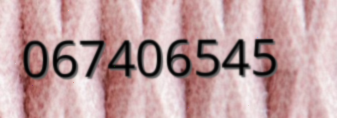
067406545